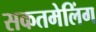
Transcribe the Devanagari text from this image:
सकतमेलिंग